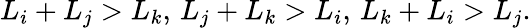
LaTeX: L_{i}+L_{j}>L_{k},\, L_{j}+L_{k}>L_{i},\, L_{k}+L_{i}>L_{j}.